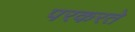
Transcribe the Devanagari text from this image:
परकरते